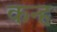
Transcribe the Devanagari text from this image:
कन्ह